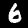
Label: 6